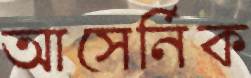
আসের্নিক